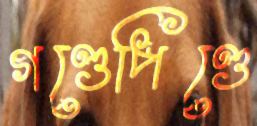
গণ্ডেপিণ্ডে